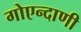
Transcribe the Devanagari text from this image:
गोएन्दाणी